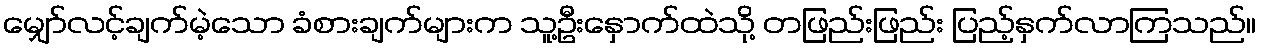
မျှော်လင့်ချက်မဲ့သော ခံစားချက်များက သူ့ဦးနှောက်ထဲသို့ တဖြည်းဖြည်း ပြည့်နှက်လာကြသည်။